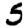
Digit: 5